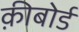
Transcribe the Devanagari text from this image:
क़ीबोर्ड